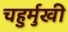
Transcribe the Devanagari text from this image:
चहुर्मुखी